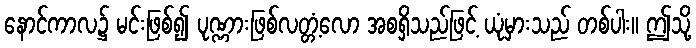
နောင်ကာလ၌ မင်းဖြစ်၍ ပုဏ္ဏားဖြစ်လတ္တံ့လော အစရှိသည်ဖြင့် ယုံမှားသည် တစ်ပါး။ ဤသို့